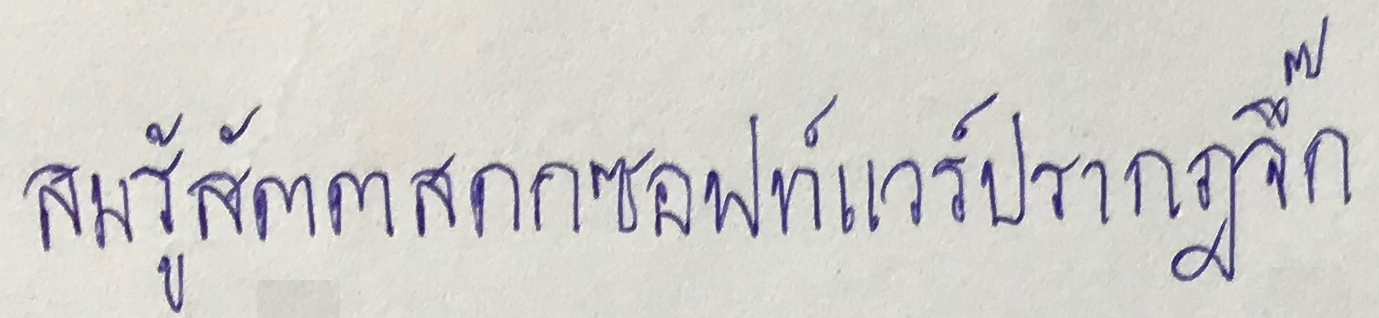
สมรู้สัตตสดกซอฟท์แวร์ปรากฎจึ๊ก